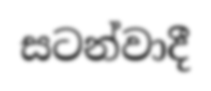
සටන්වාදී